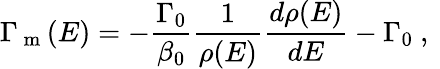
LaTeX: \Gamma_{\mathrm{~m~}}(E)=-\frac{\Gamma_{0}}{\beta_{0}}\frac{1}{\rho(E)}\frac{d\rho(E)}{dE}-\Gamma_{0}\mathrm{~,~}